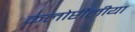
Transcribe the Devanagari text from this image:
कलोप्टीलीया